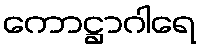
ကောဋ္ဌာဂါရေ